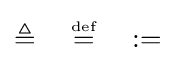
\triangleq \quad {\stackrel {\scriptscriptstyle \mathrm {def} }{=}}\quad :=